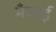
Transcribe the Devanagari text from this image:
भँचाई